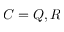
C = Q , R